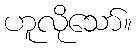
ဟူလိုသော်။